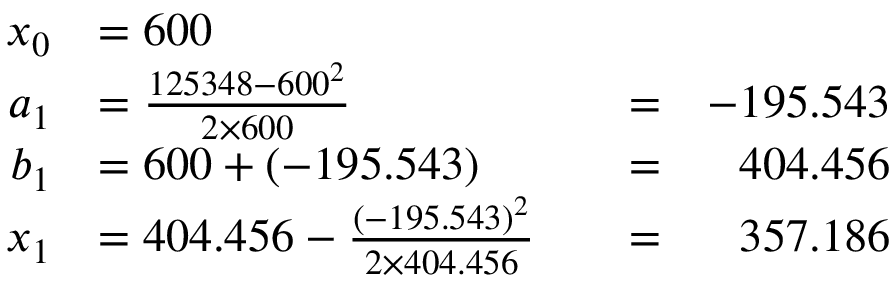
{ \begin{array} { r l r l r } { x _ { 0 } } & { = 6 0 0 } \\ { a _ { 1 } } & { = { \frac { 1 2 5 3 4 8 - 6 0 0 ^ { 2 } } { 2 \times 6 0 0 } } } & & { = } & { - 1 9 5 . 5 4 3 } \\ { b _ { 1 } } & { = 6 0 0 + ( - 1 9 5 . 5 4 3 ) } & & { = } & { 4 0 4 . 4 5 6 } \\ { x _ { 1 } } & { = 4 0 4 . 4 5 6 - { \frac { ( - 1 9 5 . 5 4 3 ) ^ { 2 } } { 2 \times 4 0 4 . 4 5 6 } } } & & { = } & { 3 5 7 . 1 8 6 } \end{array} }